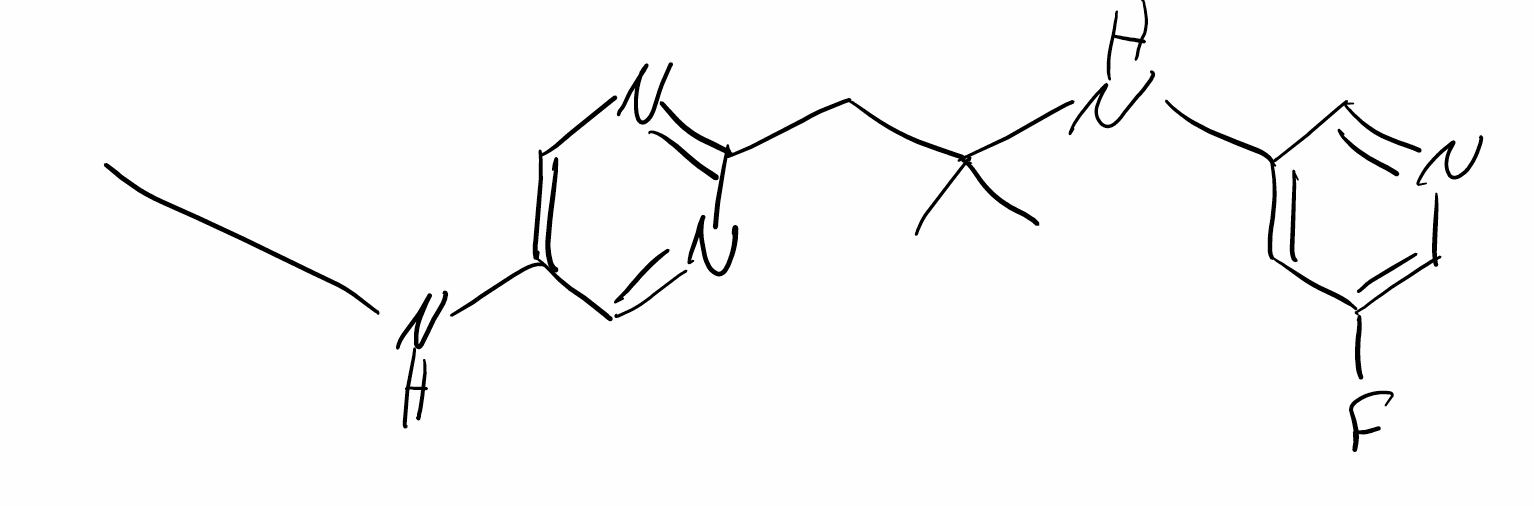
Simplified molecular-input line-entry system (SMILES) notation of the given molecule:
CC(C)(C)NC1=CN=C(N=C1)CC(C)(C)NC2=CC(=CN=C2)F